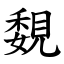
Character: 覣